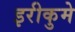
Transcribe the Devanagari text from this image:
इरीकुमे